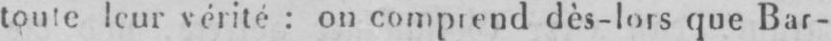
toute leur vérité: on comprend dès-lors que Bar-